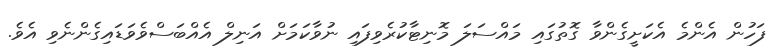
ފަހުން އެންމެ އެކަށީގެންވާ ގޮތުގައި މައްސަލަ މޮނިޓާކުރެވިފައި ނުވާކަމަށް އަނިލް އެއްބަސްވެވަޑައިގެންނެވި އެވެ.